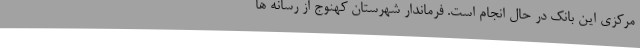
مرکزی این بانک در حال انجام است. فرماندار شهرستان کهنوج از رسانه ها